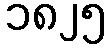
၁၈၂၅